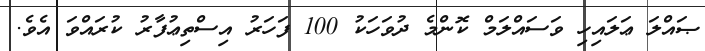
ޞައްލަ ޢަލައިހި ވަސައްލަމް ކޮންމެ ދުވަހަކު 100 ފަހަރު އިސްތިޢުފާރު ކުރައްވަ އެވެ.